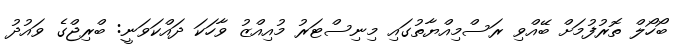
ބޯހޯލް ތޮރުފުމަށް ބޭއްވި ރަސްމިއްޔާތުގައި މިނިސްޓަރު މުއިއްޒު ވާހަކަ ދައްކަވަނީ: ބްރިޖްގެ ވައުދު